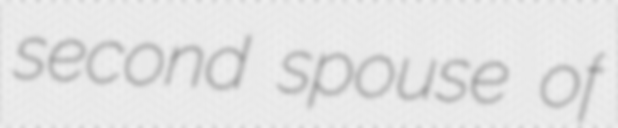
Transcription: second spouse of